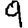
Digit: 9